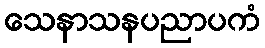
သေနာသနပညာပကံ